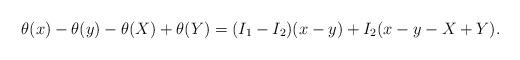
LaTeX: \begin{align*} \theta(x) - \theta(y) - \theta(X) + \theta(Y) = (I_1-I_2)(x-y) + I_2 (x-y-X+Y).\end{align*}